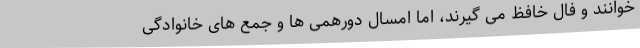
خوانند و فال خافظ می گیرند، اما امسال دورهمی ها و جمع های خانوادگی